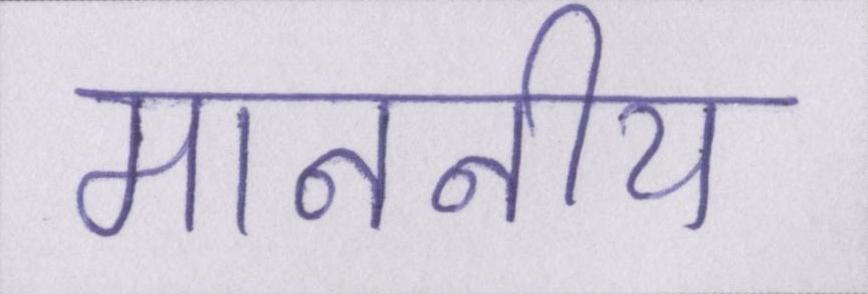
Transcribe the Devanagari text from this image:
माननीय